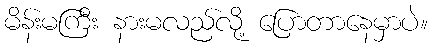
မိန်းမကြီး နားမလည်လို့ ပြောတာနေမှာပဲ။